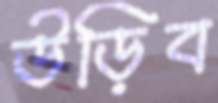
উড়িব